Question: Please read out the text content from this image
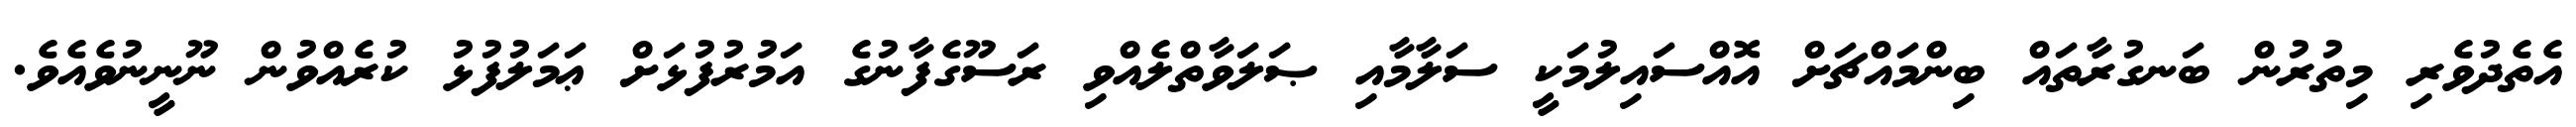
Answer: އެތެދުވެރި މިތުރުން ބަނގުރާތައް ބިންމައްޗަށް އޮއްސައިލުމަކީ ސަލާމާއި ޞަލަވާތްލެއްވި ރަސޫގެފާނުގެ އަމުރުފުޅަށް ޢަމަލުފުޅު ކުރެއްވުން ނޫނީނުވެއެވެ.